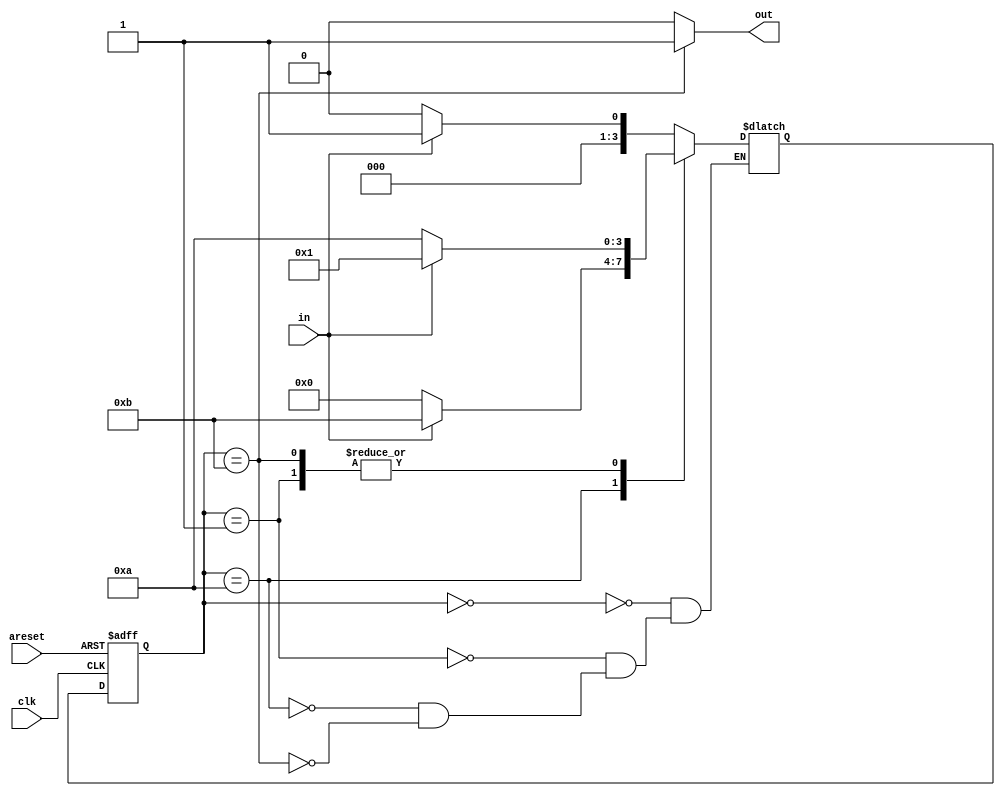
module top_module(
    input clk,
    input in,
    input areset,
    output out); //

    // State transition logic
    reg[3:0] state, next_state;
    parameter A =00, B=01, C=10, D=11;

  //state transition logic
    always@(*)
        begin
            case(state)
                A: next_state = in==1?B:A;
                B: next_state = in==1?B:C;
                C: next_state = in==1?D:A;
                D: next_state = in==1?B:C;
            endcase
        end
    //areset logic
    always@(posedge areset, posedge clk)
        begin
            if(areset)
                state <= A;
            else
                state <= next_state;
        end

    // Output logic
    assign out = state == D? 1:0;

endmodule